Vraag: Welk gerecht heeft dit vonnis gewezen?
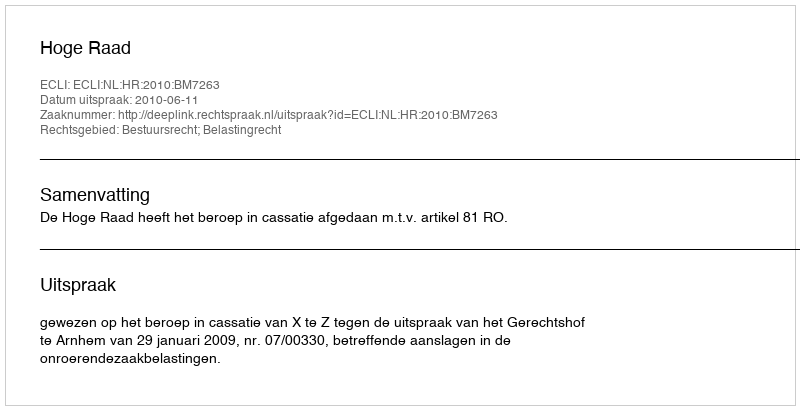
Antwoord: Hoge Raad